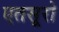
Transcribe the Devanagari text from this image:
एतसूरो